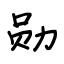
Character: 勋